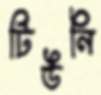
টিউনি